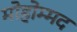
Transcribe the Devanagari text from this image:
मोहोम्मद